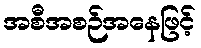
အစီအစဉ်အနေဖြင့်